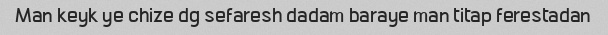
Man keyk ye chize dg sefaresh dadam baraye man titap ferestadan